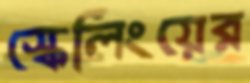
স্কেলিংয়ের